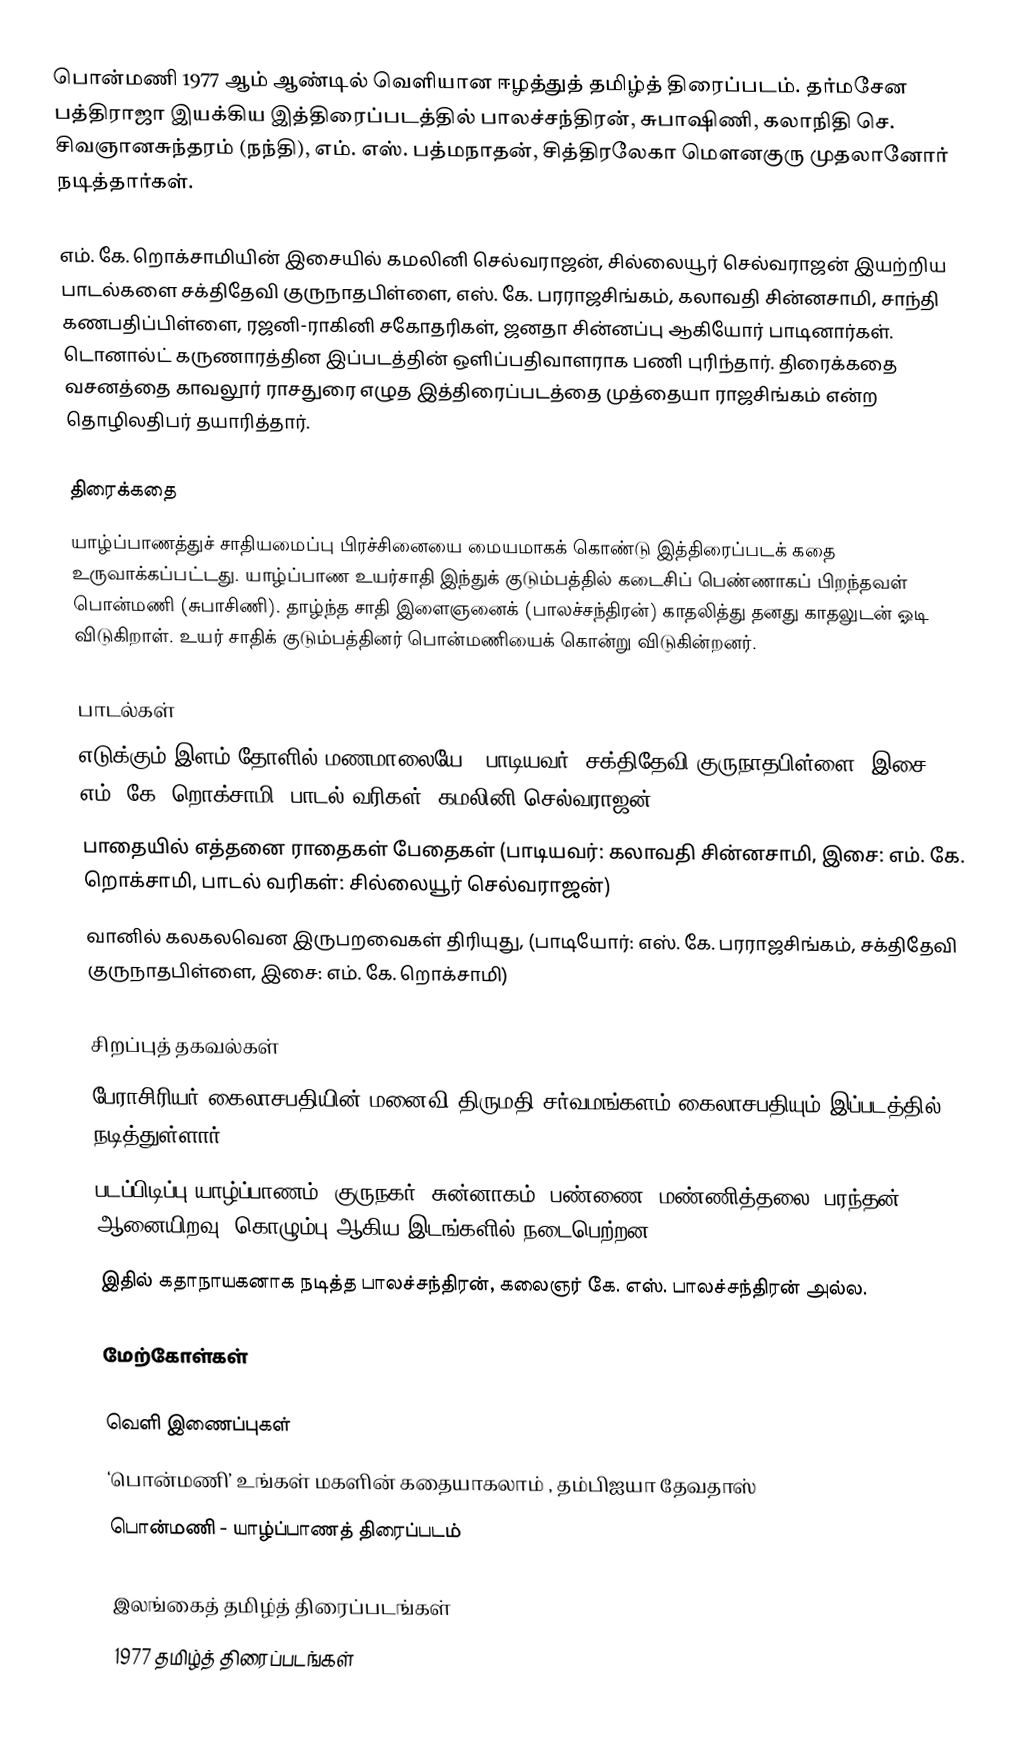
பொன்மணி 1977 ஆம் ஆண்டில் வெளியான ஈழத்துத் தமிழ்த் திரைப்படம். தர்மசேன பத்திராஜா இயக்கிய இத்திரைப்படத்தில் பாலச்சந்திரன், சுபாஷிணி, கலாநிதி செ. சிவஞானசுந்தரம் (நந்தி), எம். எஸ். பத்மநாதன், சித்திரலேகா மௌனகுரு முதலானோர் நடித்தார்கள்.

எம். கே. றொக்சாமியின் இசையில் கமலினி செல்வராஜன், சில்லையூர் செல்வராஜன் இயற்றிய பாடல்களை சக்திதேவி குருநாதபிள்ளை, எஸ். கே. பரராஜசிங்கம், கலாவதி சின்னசாமி, சாந்தி கணபதிப்பிள்ளை, ரஜனி-ராகினி சகோதரிகள், ஜனதா சின்னப்பு ஆகியோர் பாடினார்கள். டொனால்ட் கருணாரத்தின இப்படத்தின் ஒளிப்பதிவாளராக பணி புரிந்தார். திரைக்கதை வசனத்தை காவலூர் ராசதுரை எழுத இத்திரைப்படத்தை முத்தையா ராஜசிங்கம் என்ற தொழிலதிபர் தயாரித்தார்.

திரைக்கதை
யாழ்ப்பாணத்துச் சாதியமைப்பு பிரச்சினையை மையமாகக் கொண்டு இத்திரைப்படக் கதை உருவாக்கப்பட்டது. யாழ்ப்பாண உயர்சாதி இந்துக் குடும்பத்தில் கடைசிப் பெண்ணாகப் பிறந்தவள் பொன்மணி (சுபாசிணி). தாழ்ந்த சாதி இளைஞனைக் (பாலச்சந்திரன்) காதலித்து தனது காதலுடன் ஓடி விடுகிறாள். உயர் சாதிக் குடும்பத்தினர் பொன்மணியைக் கொன்று விடுகின்றனர்.

பாடல்கள்
 எடுக்கும் இளம் தோளில் மணமாலையே, (பாடியவர்: சக்திதேவி குருநாதபிள்ளை, இசை: எம். கே. றொக்சாமி, பாடல் வரிகள்: கமலினி செல்வராஜன்)
 பாதையில் எத்தனை ராதைகள் பேதைகள் (பாடியவர்: கலாவதி சின்னசாமி, இசை: எம். கே. றொக்சாமி, பாடல் வரிகள்: சில்லையூர் செல்வராஜன்)
 வானில் கலகலவென இருபறவைகள் திரியுது, (பாடியோர்: எஸ். கே. பரராஜசிங்கம்,  சக்திதேவி குருநாதபிள்ளை, இசை: எம். கே. றொக்சாமி)

சிறப்புத் தகவல்கள்
 பேராசிரியர் கைலாசபதியின் மனைவி திருமதி சர்வமங்களம் கைலாசபதியும் இப்படத்தில் நடித்துள்ளார்.
 படப்பிடிப்பு யாழ்ப்பாணம், குருநகர், சுன்னாகம், பண்ணை, மண்ணித்தலை, பரந்தன், ஆனையிறவு, கொழும்பு ஆகிய இடங்களில் நடைபெற்றன.
 இதில் கதாநாயகனாக நடித்த பாலச்சந்திரன், கலைஞர் கே. எஸ். பாலச்சந்திரன் அல்ல.

மேற்கோள்கள்

வெளி இணைப்புகள்
‘பொன்மணி’ உங்கள் மகளின் கதையாகலாம் , தம்பிஐயா தேவதாஸ்
பொன்மணி - யாழ்ப்பாணத் திரைப்படம்

இலங்கைத் தமிழ்த் திரைப்படங்கள்
1977 தமிழ்த் திரைப்படங்கள்